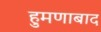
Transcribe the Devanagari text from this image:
हुमणाबाद